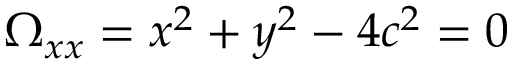
\Omega _ { x x } = x ^ { 2 } + y ^ { 2 } - 4 c ^ { 2 } = 0